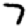
Digit: 7